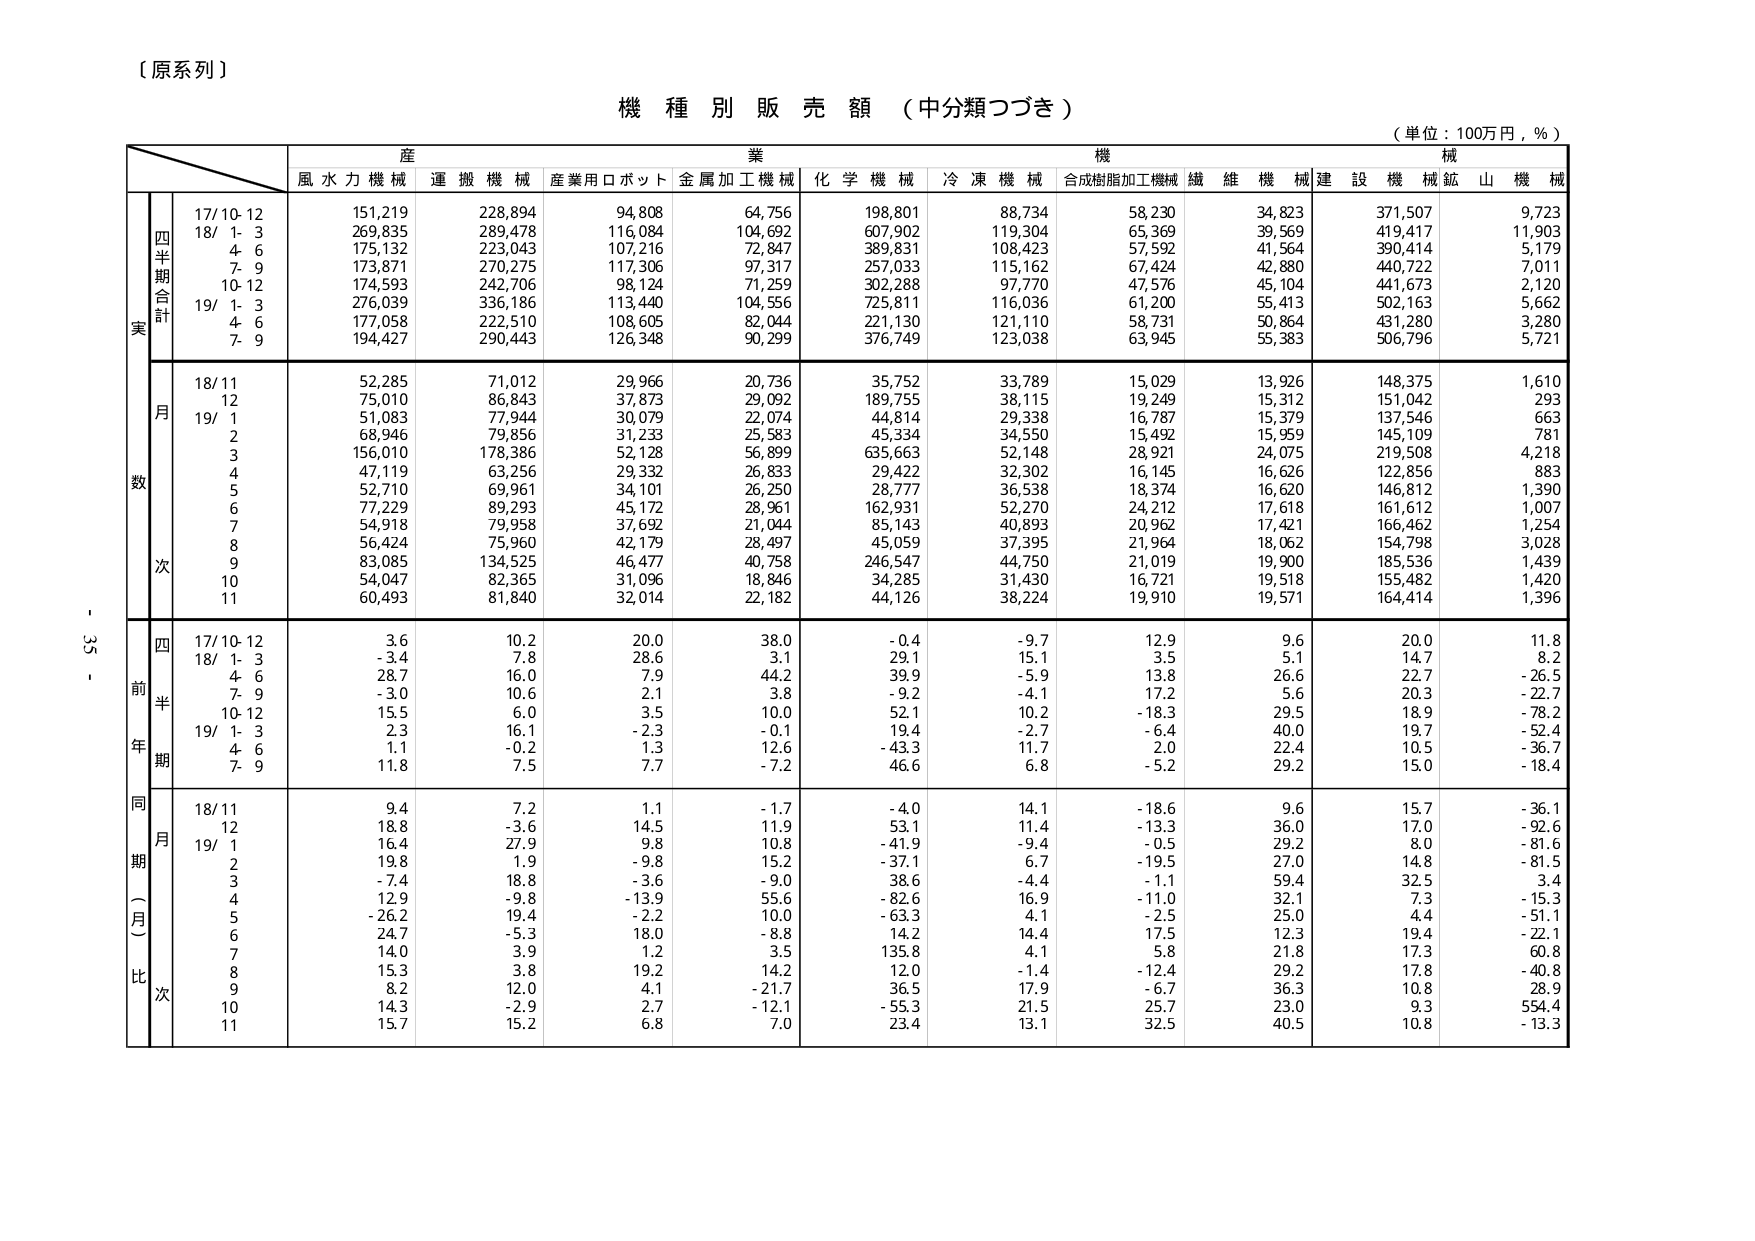
【原系列】

機種別販売額（中分類つづき）

（単位：100万円，％）